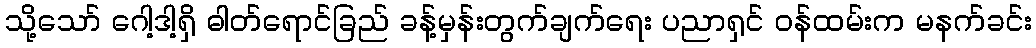
သို့သော် ဂေါ့ဒါ့ရှိ ဓါတ်ရောင်ခြည် ခန့်မှန်းတွက်ချက်ရေး ပညာရှင် ဝန်ထမ်းက မနက်ခင်း